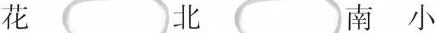
花 北 南 小